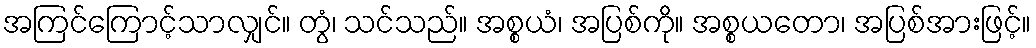
အကြင်ကြောင့်သာလျှင်။ တွံ၊ သင်သည်။ အစ္စယံ၊ အပြစ်ကို။ အစ္စယတော၊ အပြစ်အားဖြင့်။